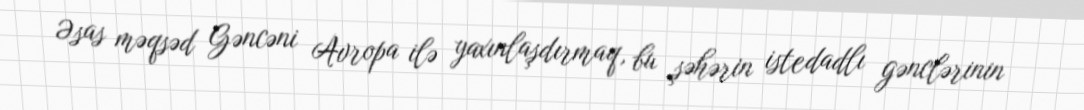
Əsas məqsəd Gəncəni Avropa ilə yaxınlaşdırmaq, bu şəhərin istedadlı gənclərinin